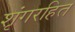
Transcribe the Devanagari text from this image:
शृंगरहित